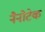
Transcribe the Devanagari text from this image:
नैनोटेक